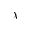
\chi